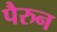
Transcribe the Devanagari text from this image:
पैरुन